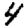
Digit: 4